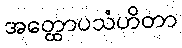
အတ္ထောပသံဟိတာ